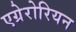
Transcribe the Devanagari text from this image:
एग्रेरोरियन